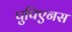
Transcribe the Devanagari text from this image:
पुपिएनस